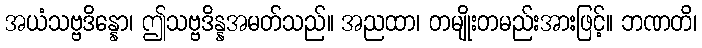
အယံသဗ္ဗဒိန္နော၊ ဤသဗ္ဗဒိန္နအမတ်သည်။ အညထာ၊ တမျိုးတမည်းအားဖြင့်။ ဘဏတိ၊